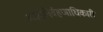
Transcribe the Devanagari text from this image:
कार्यनिर्वहणाधिकारी